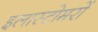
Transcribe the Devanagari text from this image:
इलास्टोमरों